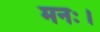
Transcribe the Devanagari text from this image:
मनः।